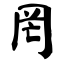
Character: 罔